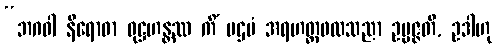
“ဘဂဝါ နိရောဓာ ဝုဋ္ဌဟန္တဿ ကိံ ပဌမံ အရဟတ္တဖလသညာ ဥပ္ပဇ္ဇတိ, ဥဒါဟု